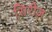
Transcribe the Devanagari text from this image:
सिरीज़़